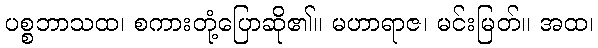
ပစ္စဘာသထ၊ စကားတုံ့ပြောဆို၏။ မဟာရာဇ၊ မင်းမြတ်။ အထ၊